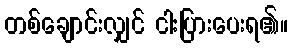
တစ်ချောင်းလျှင် ငါးပြားပေးရ၏။